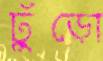
ঢুঁড়ো